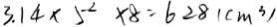
3 . 1 4 \times 5 ^ { 2 } \times 8 = 6 2 8 ( c m ^ { 3 } )